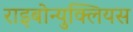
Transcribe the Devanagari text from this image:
राइबोन्युक्लियस